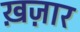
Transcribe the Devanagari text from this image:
ख़ज़ार